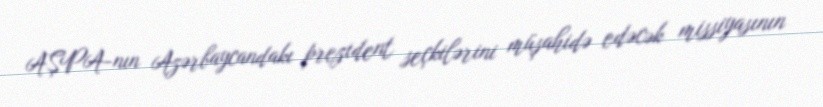
AŞPA-nın Azərbaycandakı prezident seçkilərini müşahidə edəcək missiyasının